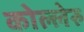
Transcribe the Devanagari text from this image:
कोल्लेरु